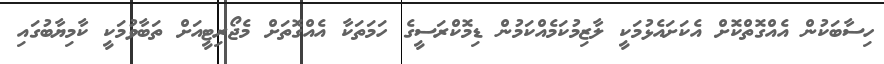
ހިސާބަކުން އެއްގޮތްކޮށް އެކަށައެޅުމަކީ ލާޒިމުކަމެއްކަމުން ޑިމޮކްރަސީގެ ހަމަތަކާ އެއްގޮތަށް މެޖޯރިޓީއަށް ތަބާވުމަކީ ކާމިޔާބުގައި